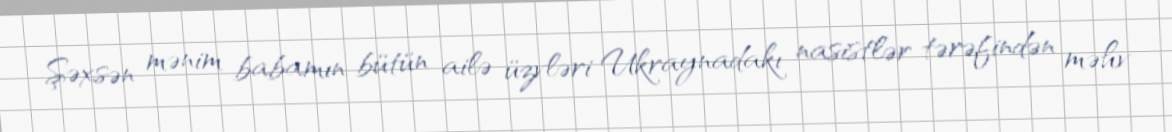
Şəxsən mənim babamın bütün ailə üzvləri Ukraynadakı nasistlər tərəfindən məhv